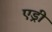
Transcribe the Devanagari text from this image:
एड्री